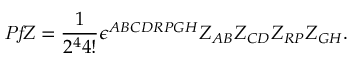
{ \it P f } Z = { \frac { 1 } { 2 ^ { 4 } 4 ! } } \epsilon ^ { A B C D R P G H } Z _ { A B } Z _ { C D } Z _ { R P } Z _ { G H } .